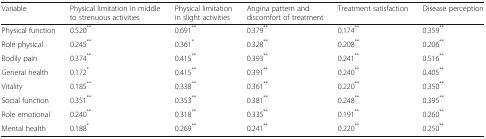
<table><thead><tr><td><b>Variable</b></td><td><b>Physical limitation in middle to strenuous activities</b></td><td><b>Physical limitation in slight activities</b></td><td><b>Angina pattern and discomfort of treatment</b></td><td><b>Treatment satisfaction</b></td><td><b>Disease perception</b></td></tr></thead><tbody><tr><td>Physical function</td><td>0.520<sup>**</sup></td><td>0.691<sup>**</sup></td><td>0.379<sup>**</sup></td><td>0.174<sup>**</sup></td><td>0.359<sup>**</sup></td></tr><tr><td>Role physical</td><td>0.245<sup>**</sup></td><td>0.361<sup>*</sup></td><td>0.328<sup>**</sup></td><td>0.208<sup>**</sup></td><td>0.206<sup>**</sup></td></tr><tr><td>Bodily pain</td><td>0.374<sup>**</sup></td><td>0.415<sup>**</sup></td><td>0.393<sup>**</sup></td><td>0.241<sup>**</sup></td><td>0.516<sup>**</sup></td></tr><tr><td>General health</td><td>0.172<sup>*</sup></td><td>0.415<sup>**</sup></td><td>0.391<sup>**</sup></td><td>0.240<sup>**</sup></td><td>0.405<sup>**</sup></td></tr><tr><td>Vitality</td><td>0.185<sup>**</sup></td><td>0.338<sup>**</sup></td><td>0.361<sup>**</sup></td><td>0.220<sup>**</sup></td><td>0.350<sup>**</sup></td></tr><tr><td>Social function</td><td>0.351<sup>**</sup></td><td>0.353<sup>**</sup></td><td>0.381<sup>**</sup></td><td>0.248<sup>**</sup></td><td>0.395<sup>**</sup></td></tr><tr><td>Role emotional</td><td>0.240<sup>**</sup></td><td>0.318<sup>**</sup></td><td>0.335<sup>**</sup></td><td>0.191<sup>**</sup></td><td>0.260<sup>**</sup></td></tr><tr><td>Mental health</td><td>0.188<sup>*</sup></td><td>0.269<sup>**</sup></td><td>0.241<sup>**</sup></td><td>0.220<sup>**</sup></td><td>0.250<sup>**</sup></td></tr></tbody></table>